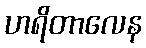
ဟရိတာလေန